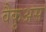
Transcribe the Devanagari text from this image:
वैकुअस